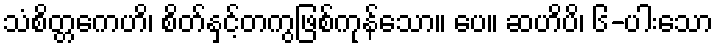
သံစိတ္တကေဟိ၊ စိတ်နှင့်တကွဖြစ်ကုန်သော။ ပေ။ ဆဟိပိ၊ ၆-ပါးသော